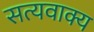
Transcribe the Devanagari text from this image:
सत्यवाक्य